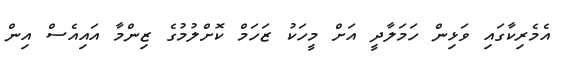
އެމެރިކާގައި ވަޅިން ހަމަލާދީ އަށް މީހަކު ޒަހަމް ކޮށްލުމުގެ ޒިންމާ އައިއެސް އިން